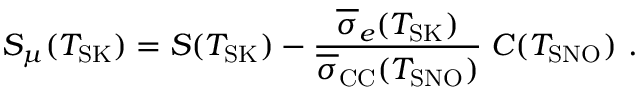
S _ { \mu } ( T _ { \mathrm { S K } } ) = S ( T _ { \mathrm { S K } } ) - \frac { \overline { { { \sigma } } } _ { e } ( T _ { \mathrm { S K } } ) } { \overline { { { \sigma } } } _ { \mathrm { C C } } ( T _ { \mathrm { S N O } } ) } \; C ( T _ { \mathrm { S N O } } ) ~ .